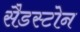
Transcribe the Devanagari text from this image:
सैडस्टोन